Report of the Hyderabad Chloroform Commission
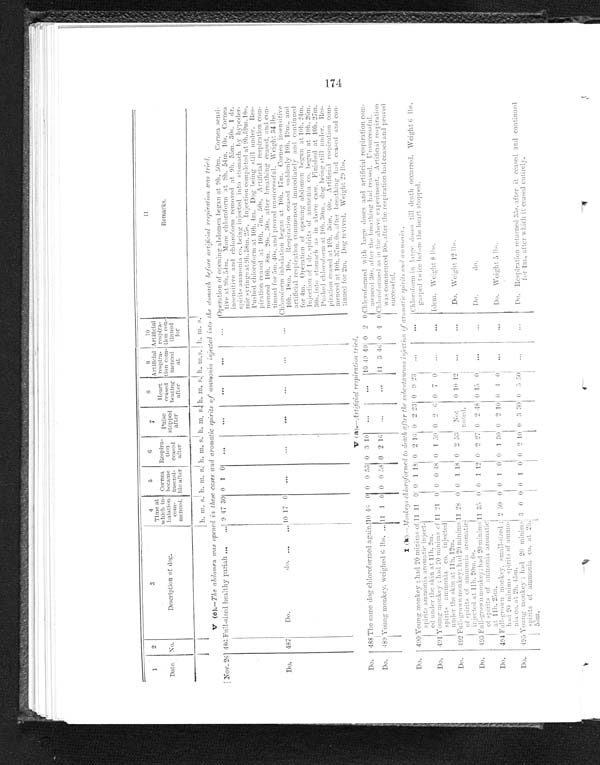
1
2
3
4
5
6
7
8
9
10
11
Ti me a t whi c h i n- ha l a t i on c om- me nc e d.
Heart ceased beat i ng aft er Ar t i f i ci al r es pi r a- t i on com- menced at Ar t i f i ci al r es pi r a- t i on com- t i nned f or Remarks.
Date.
No. Description of dog
Cor nea became i nsensi - bl e af t er
Respi ra-t i on ceased aft er
Pulse stopped after
h. m. s. h .
m .
s. h. m. s. h.
m .
s. h. m. s. h. m. s. h. m. s.
V (c).—
The abdomen was opened in these cases and aromatic spirits of ammonia injected into the stomach before artificial respiration was tried.
N o v . 2 6
486 Full-sized healthy pariah . . .
9 4730 0 1 0 . . .
. . .
. . .
. . .
. . .
O p e r a t i o n o f o p e n i n g a b d o m e n b e g a n a t 9 h . 5 0 m . C o r n e a s e n s i - t i v e a t 9 h . 5 4 m . M o r e c h l o r o f o r m a t 9 h . 5 4 m . 1 0 s . C o r n e a i n s e n s i t i v e a n d c h l o r o f o r m r e m o v e d a t 9 h . 5 5 m . 3 0 s . 1 d r . s p i r i t s a m m o n i a c o . b e i n g i n j e c t e d i n t o s t o m a c h b y h y p o d e r - m i c s y r i n g e a t 9 h . 5 8 m . 2 5 s . I n j e c t i o n c o m p l e t e d a t 9 h . 5 9 m . 1 0 s . P u s h e d c h l o r o f o r m a t 1 0 h . 4 m . D o g b e i n g s t i l l u n d e r . R e s - p i r a t i o n c e a s e d a t 1 0 h . 7 m . 5 0 s . A r t i f i c i a l r e s p i r a t i o n c o m - m e n c e d 1 0 h . 8 m . 2 0 s . , 3 0 s . a f t e r b r e a t h i n g c e a s e d , a n d c o n - t i n u e d f o r 5 m . 4 0 s . a n d p r o v e d u n s u c c e s s f u l . W e i g h t 3 4 l b s .
D o .
487 Do. do. . . .
10 17 0 . . .
. . .
. . .
. . .
. . .
. . .
Chloroform inhalation begun at 10h. 17m. Cornea insensitive 10h. 18m. 10s. Respiration ceased suddenly 10h. 19m., and
a r t i f i c i a l r e s p i r a t i o n c o m m e n c e d i m m e d i a t e l y a n d c o n t i n u e d f o r 4 m . O p e r a t i o n o f o p e n i n g a b d o m e n b e g u n a t 1 0 h . 2 4 m . I n j e c t i o n o f 1 d r . s p i r i t s o f a m m o n i a c o . b e g u n a t 1 0 h . 2 6 m . 3 0 s . i n t o s t o m a c h a s i n a b o v e c a s e . F i n i s h e d a t 1 0 h . 2 7 m . P u s h e d c h l o r o f o r m a t 1 0 h . 3 0 m . , d o g b e i n g s t i l l u n d e r . R e s - p i r a t i o n c e a s e d a t 1 0 h . 3 6 m . 4 0 s . A r t i f i c i a l r e s p i r a t i o n c o m - m e n c e d a t 1 0 h . 3 7 m . 0 s . a f t e r b r e a t h i n g h a d c e a s e d a n d c o n - t i n u e d f o r 2 m . D o g r e v i v e d . W e i g h t 2 9 l b s .
V ( a ) .
—
A r t i f i c i a l r e s p i r a t i o n t r i e d
.
D o .
488 T h e s a m e d o g c h l o r o f o r m e d a g a i n . . .
10 46 0 0 0 530 3 10 . . .
. . .
10 4940 0 2 0 C h l o r o f o r m e d w i t h l a r g e d o s e s a n d a r t i f i c i a l r e s p i r a t i o n c o m - m e n c e d 3 0 s . a f t e r t h e b r e a t h i n g h a d c e a s e d . U n s u c c e s s f u l .
D o .
489 Y o u n g m o n k e y , w e i g h e d 6 I b s . . . .
11 1 0 0 0 580 2 16 . . .
. . .
11 3 46 0 4 0
C h l o r o f o r m e d a s i n t h e a b o v e e x p e r i m e n t . A r t i f i c i a l r e s p i r a t i o n w a s c o m m e n c e d 3 0 s . a f t e r t h e r e s p i r a t i o n h a d c e a s e d a n d p r o v e d s u c c e s s f u l .
I (K).—Monkeys chloroform to death after the subcutaneous injection of aromatic spirits and ammonia.
Do.
490 Y o u n g m o n k e y ; h a d 2 0 m i n i m s o f s p i r i t s a m m o n i a a r o m a t i c i n j e c t - e d u n d e r t h e s k i n a t 1 1 h . 2 m .
11 11 0 0 1 180 2 16 0 2 23 0 9 23 . . .
. . .
Chloroform in large doses till death occurred. Weight 6 lbs. gasped twice before the heart stopped.
Do.
491
Young monkey; had 20 mi ni ms of spi r i t s ammoni a co. i nj ect ed under t he ski n at 11h. 12m.
11 21 0 0 0 480 1 59 0 2 6 0 7 0 . . .
. . .
Idem. Weight 8 lbs.
Do.
492
Ful l - gr own monkey; had 20 mi ni ms of spi r i t s of ammoni a ar omat i c i nj ect ed at 11h. 20m. 0s.
11 28 0 0 1 18
0 2 53 Not noted.0 10 12 . . .
. . .
Do. Weight 12 lbs.
Do.
493 F u l l - g r o w n m o n k e y ; h a d 2 0 m i n i m s o f s p i r i t s o f a m m o n i a a r o m a t i c a t 1 1 h . 2 5 m .
11 35 0 0 1
12
0 2 27 0 2 480 15 0 . . .
. . .
Do. do.
Do.
494 Full-grown monkey, small-sized: had 20 minims spirits of ammo-
nia co. at 2h. 45m.
2 50 0 0 1 0
0
1 30 0 2 100 4 0 . . .
. . .
Do. Weight 5 lbs.
Do.
495 Young monkey; had 20 minims spirits of ammonia co. at 2h. 55m. 3 0 0 0 1 0 0 2 10 0 3 30 0
5
50 . . .
. . .
Do. Respiration returned 35s. after it ceased and continued for 1m., after which it ceased entirely.
174